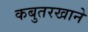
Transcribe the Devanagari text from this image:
कबुतरखाने